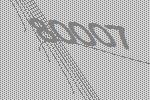
80007